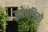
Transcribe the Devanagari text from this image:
झोपड़ियो